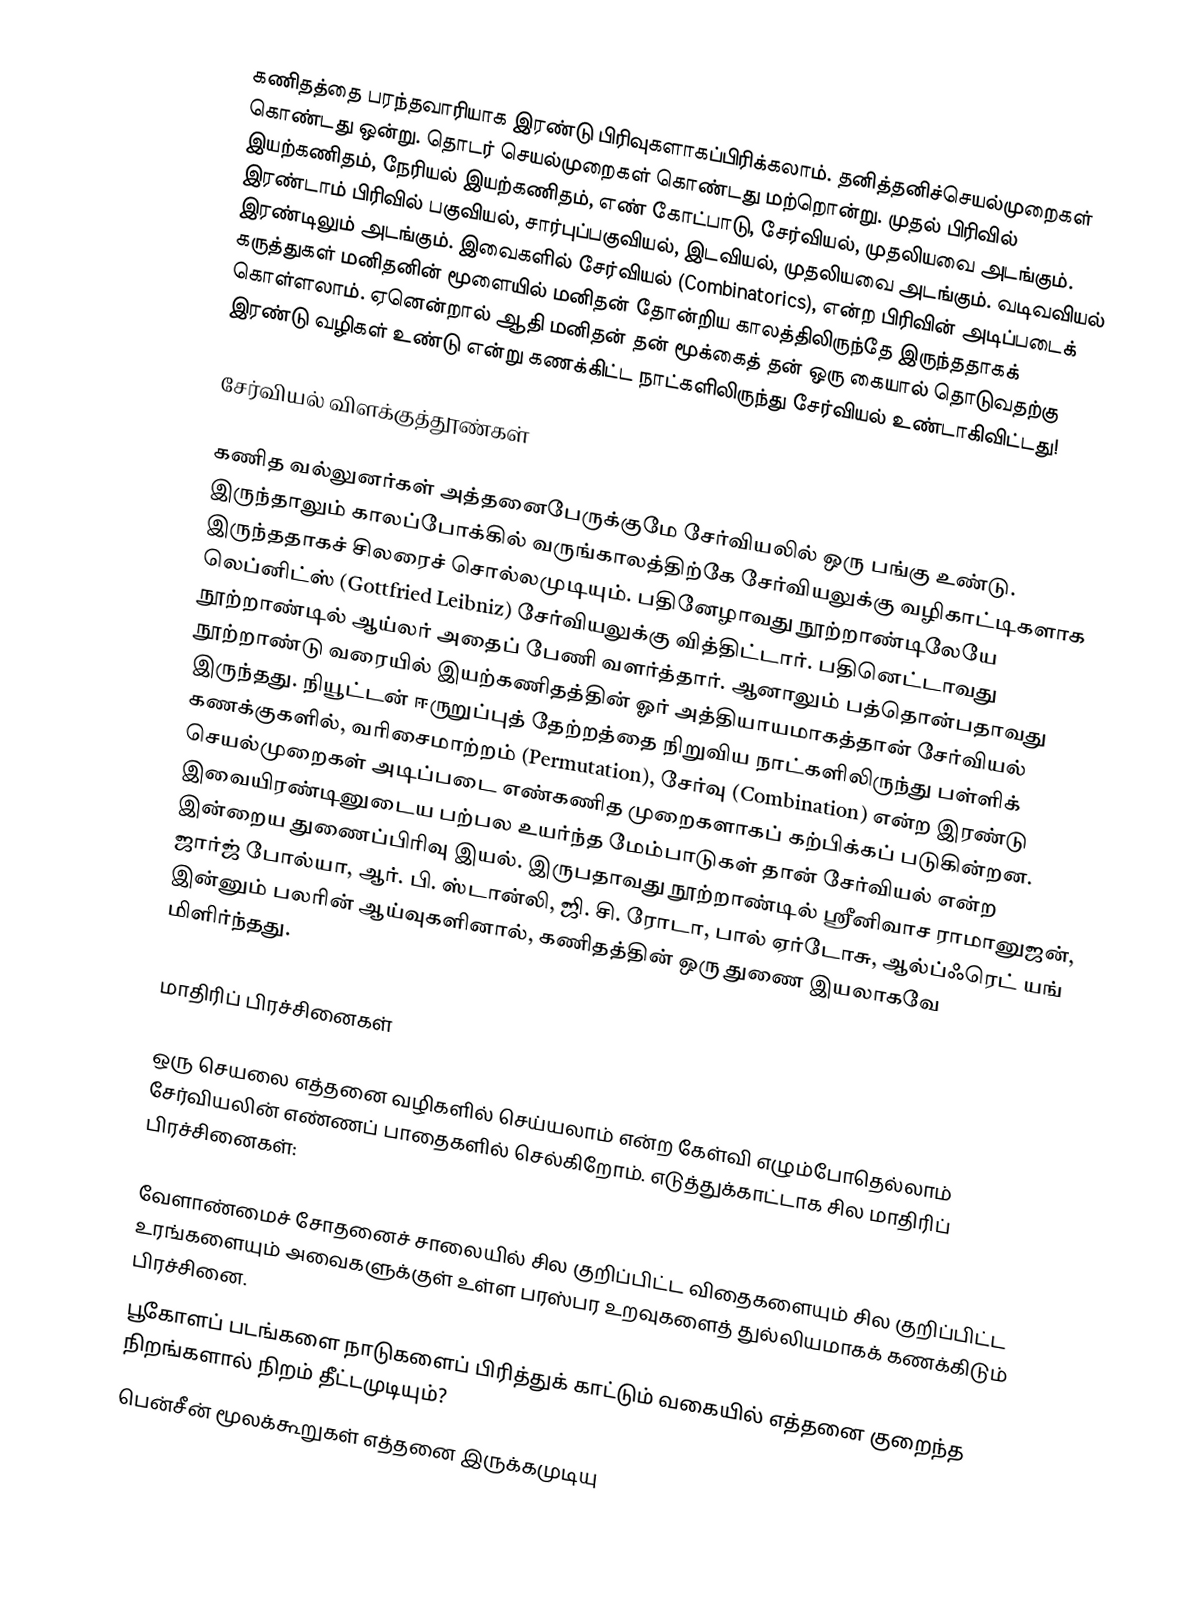
கணிதத்தை பரந்தவாரியாக இரண்டு பிரிவுகளாகப்பிரிக்கலாம். தனித்தனிச்செயல்முறைகள் கொண்டது ஒன்று. தொடர் செயல்முறைகள் கொண்டது மற்றொன்று. முதல் பிரிவில் இயற்கணிதம், நேரியல் இயற்கணிதம், எண் கோட்பாடு, சேர்வியல், முதலியவை அடங்கும். இரண்டாம் பிரிவில் பகுவியல், சார்புப்பகுவியல், இடவியல், முதலியவை அடங்கும். வடிவவியல் இரண்டிலும் அடங்கும். இவைகளில் சேர்வியல் (Combinatorics), என்ற பிரிவின் அடிப்படைக் கருத்துகள் மனிதனின் மூளையில் மனிதன் தோன்றிய காலத்திலிருந்தே இருந்ததாகக் கொள்ளலாம். ஏனென்றால் ஆதி மனிதன் தன் மூக்கைத் தன் ஒரு கையால் தொடுவதற்கு இரண்டு வழிகள் உண்டு என்று கணக்கிட்ட நாட்களிலிருந்து சேர்வியல் உண்டாகிவிட்டது!

சேர்வியல் விளக்குத்தூண்கள்

கணித வல்லுனர்கள் அத்தனைபேருக்குமே சேர்வியலில் ஒரு பங்கு உண்டு. இருந்தாலும் காலப்போக்கில் வருங்காலத்திற்கே சேர்வியலுக்கு வழிகாட்டிகளாக இருந்ததாகச் சிலரைச் சொல்லமுடியும். பதினேழாவது நூற்றாண்டிலேயே லெப்னிட்ஸ் (Gottfried Leibniz) சேர்வியலுக்கு வித்திட்டார். பதினெட்டாவது நூற்றாண்டில் ஆய்லர் அதைப் பேணி வளர்த்தார். ஆனாலும் பத்தொன்பதாவது நூற்றாண்டு வரையில் இயற்கணிதத்தின் ஓர் அத்தியாயமாகத்தான் சேர்வியல் இருந்தது. நியூட்டன் ஈருறுப்புத் தேற்றத்தை நிறுவிய நாட்களிலிருந்து பள்ளிக் கணக்குகளில், வரிசைமாற்றம் (Permutation), சேர்வு (Combination) என்ற இரண்டு செயல்முறைகள் அடிப்படை எண்கணித முறைகளாகப் கற்பிக்கப் படுகின்றன. இவையிரண்டினுடைய பற்பல உயர்ந்த மேம்பாடுகள் தான் சேர்வியல் என்ற இன்றைய துணைப்பிரிவு இயல். இருபதாவது நூற்றாண்டில் ஸ்ரீனிவாச ராமானுஜன், ஜார்ஜ் போல்யா, ஆர். பி. ஸ்டான்லி, ஜி. சி. ரோடா, பால் ஏர்டோசு, ஆல்ப்ஃரெட் யங் இன்னும் பலரின் ஆய்வுகளினால், கணிதத்தின் ஒரு துணை இயலாகவே மிளிர்ந்தது.

மாதிரிப் பிரச்சினைகள்

ஒரு செயலை எத்தனை வழிகளில் செய்யலாம் என்ற கேள்வி எழும்போதெல்லாம் சேர்வியலின் எண்ணப் பாதைகளில் செல்கிறோம். எடுத்துக்காட்டாக சில மாதிரிப் பிரச்சினைகள்:

 வேளாண்மைச் சோதனைச் சாலையில் சில குறிப்பிட்ட விதைகளையும் சில குறிப்பிட்ட உரங்களையும் அவைகளுக்குள் உள்ள பரஸ்பர உறவுகளைத் துல்லியமாகக் கணக்கிடும் பிரச்சினை.
 பூகோளப் படங்களை நாடுகளைப் பிரித்துக் காட்டும் வகையில் எத்தனை குறைந்த நிறங்களால் நிறம் தீட்டமுடியும்?
 பென்சீன் மூலக்கூறுகள் எத்தனை இருக்கமுடியு